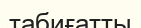
табиғатты